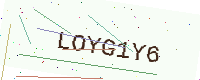
Text: LOYG1Y6